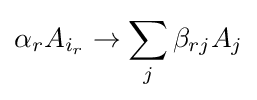
\alpha _{r}A_{i_{r}}\to \sum _{j}\beta _{rj}A_{j}